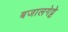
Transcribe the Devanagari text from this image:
बजालगेट्टे